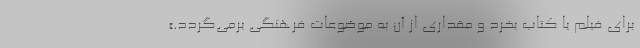
برای فیلم یا کتاب بخرد و مقداری از آن به موضوعات فرهنگی برمی‌گردد.»